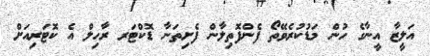
އަލީޒާ އީނާގެ ހުން މަޑުކުރެވޭތޯ ފެންފޮތިލާން ފެށިތަނާ ޑޮކްޓަރ ރާހިލް އެ ކޮޓަރިއަށް